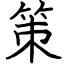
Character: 策